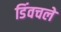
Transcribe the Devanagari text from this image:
डिंवचले